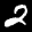
Label: 2